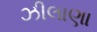
ઝીલાણા